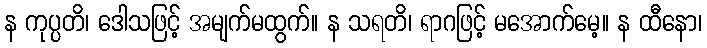
န ကုပ္ပတိ၊ ဒေါသဖြင့် အမျက်မထွက်။ န သရတိ၊ ရာဂဖြင့် မအောက်မေ့။ န ထီနော၊